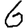
Digit: 6